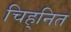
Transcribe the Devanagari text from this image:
चिह्‌नित